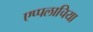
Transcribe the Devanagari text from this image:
एप्पलाचिया